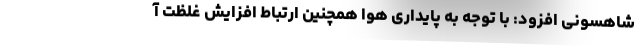
شاهسونی افزود: با توجه به پایداری هوا همچنین ارتباط افزایش غلظت آ